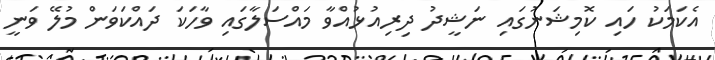
އެކަމަކު ހައި ކޮމިޝަނުގައި ނަޝީދު ދިރިއުޅުއްވާ މައްސަލާގައި ވާހަކަ ދައްކަވަން މުލޭ ވަނީ